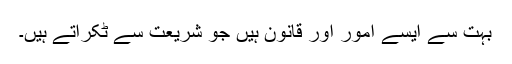
بہت سے ایسے امور اور قانون ہیں جو شریعت سے ٹکراتے ہیں۔